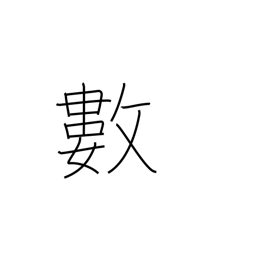
Meaning: figures